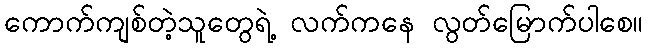
ကောက်ကျစ်တဲ့သူတွေရဲ့ လက်ကနေ လွတ်မြောက်ပါစေ။